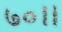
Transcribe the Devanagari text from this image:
७०।।